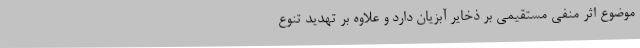
موضوع اثر منفی مستقیمی بر ذخایر آبزیان دارد و علاوه بر تهدید تنوع